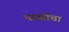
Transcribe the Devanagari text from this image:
पार्काचा